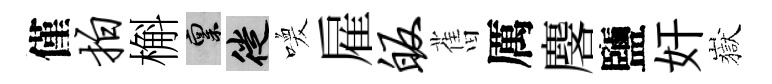
僅拍槲禀徙喚雇皈𦾔厲麐鹽奸嶽